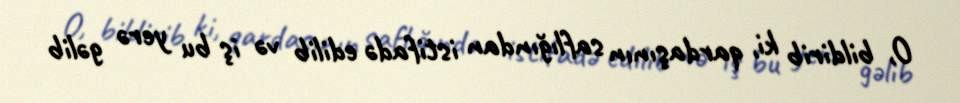
O, bildirib ki, qardaşının saflığından istifadə edilib və iş bu yerə gəlib